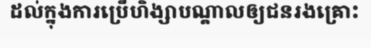
ដល់ក្នុងការប្រើហិង្សាបណ្តាលឲ្យជនរងគ្រោះ